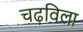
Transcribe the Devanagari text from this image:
चढ़विला